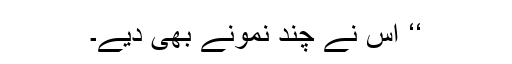
‘‘ اس نے چند نمونے بھی دیے۔